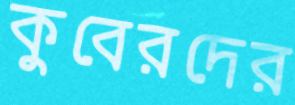
কুবেরদের